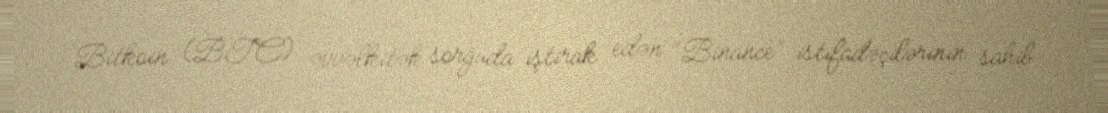
Bitkoin (BTC) əvvəlkitək sorğuda iştirak edən “Binance” istifadəçilərinin sahib